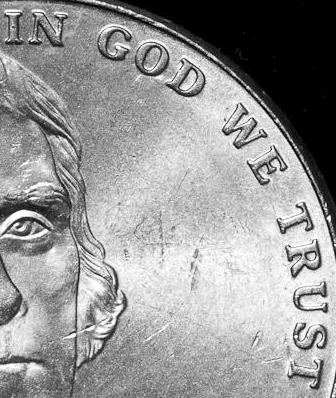
IN GOD WE TRUST